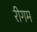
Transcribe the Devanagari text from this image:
रीगम